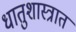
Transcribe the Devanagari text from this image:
धातुशास्त्रात